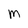
Character: M